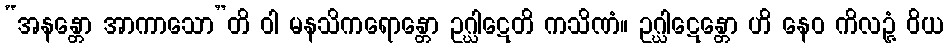
“အနန္တော အာကာသော”တိ ဝါ မနသိကရောန္တော ဥဂ္ဃါဋေတိ ကသိဏံ။ ဥဂ္ဃါဋေန္တော ဟိ နေဝ ကိလဉ္ဇံ ဝိယ